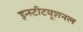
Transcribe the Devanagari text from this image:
इन्स्टीटयूशनल